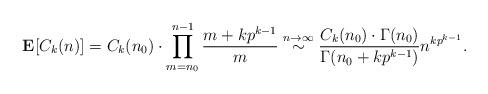
LaTeX: \begin{align*} \mathbf E[C_k(n)] = C_k(n_0)\cdot \prod_{m=n_0}^{n-1}\frac{m+kp^{k-1}}{m} \stackrel{n\to\infty} \sim \frac{C_k(n_0)\cdot\Gamma(n_0)}{\Gamma(n_0+kp^{k-1})}n^{kp^{k-1}}. \end{align*}